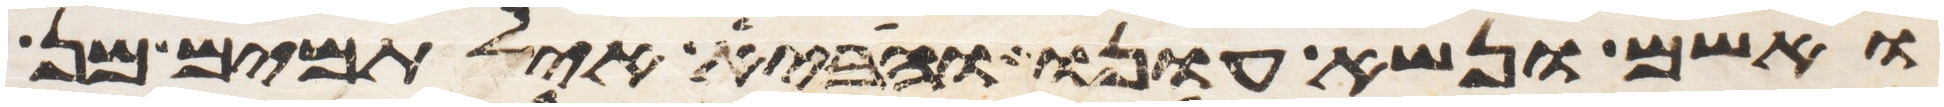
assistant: ואשם ונשא עונו והביא איל תמים מן